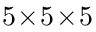
5 \! \times \! 5 \! \times \! 5